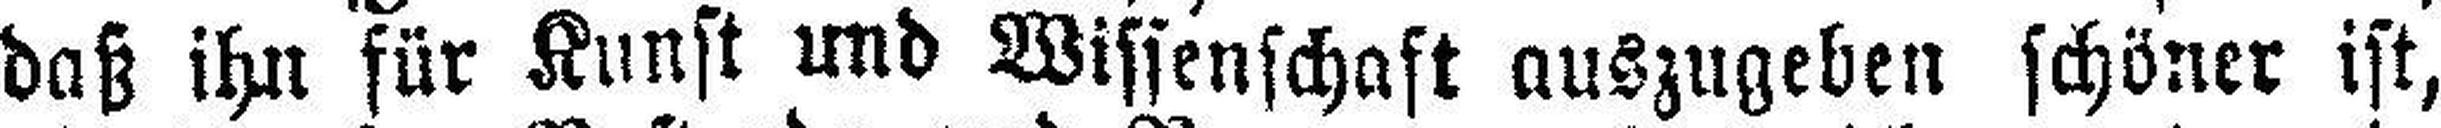
daß ihn für Kunst und Wissenschaft auszugeben schöner ist,